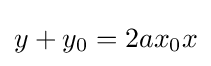
y+y_{0}=2ax_{0}x